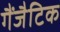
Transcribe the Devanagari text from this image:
गैंजैटिक